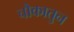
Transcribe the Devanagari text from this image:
चौकातुन